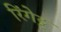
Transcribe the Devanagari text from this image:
रिंगेट्ट